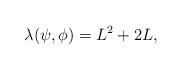
LaTeX: \begin{align*}\lambda (\psi,\phi) = L^2 +2 L,\end{align*}